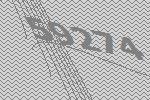
59274